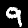
Digit: 9